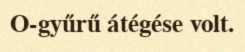
O-gyűrű átégése volt.